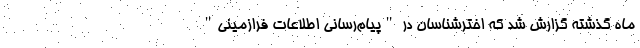
ماه گذشته گزارش شد که اخترشناسان در "پیام‌رسانی اطلاعات فرازمینی"